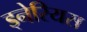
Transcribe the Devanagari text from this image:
ड्नेरियस